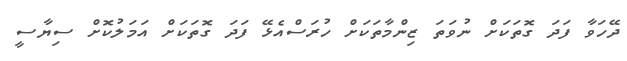
ދޭހަވާ ފަދަ ގޮތަކަށް ނުވަތަ ޒިންމާތަކަށް ހުރަސްއެޅޭ ފަދަ ގޮތަކަށް އަމަލުކޮށް ސިޔާސީ